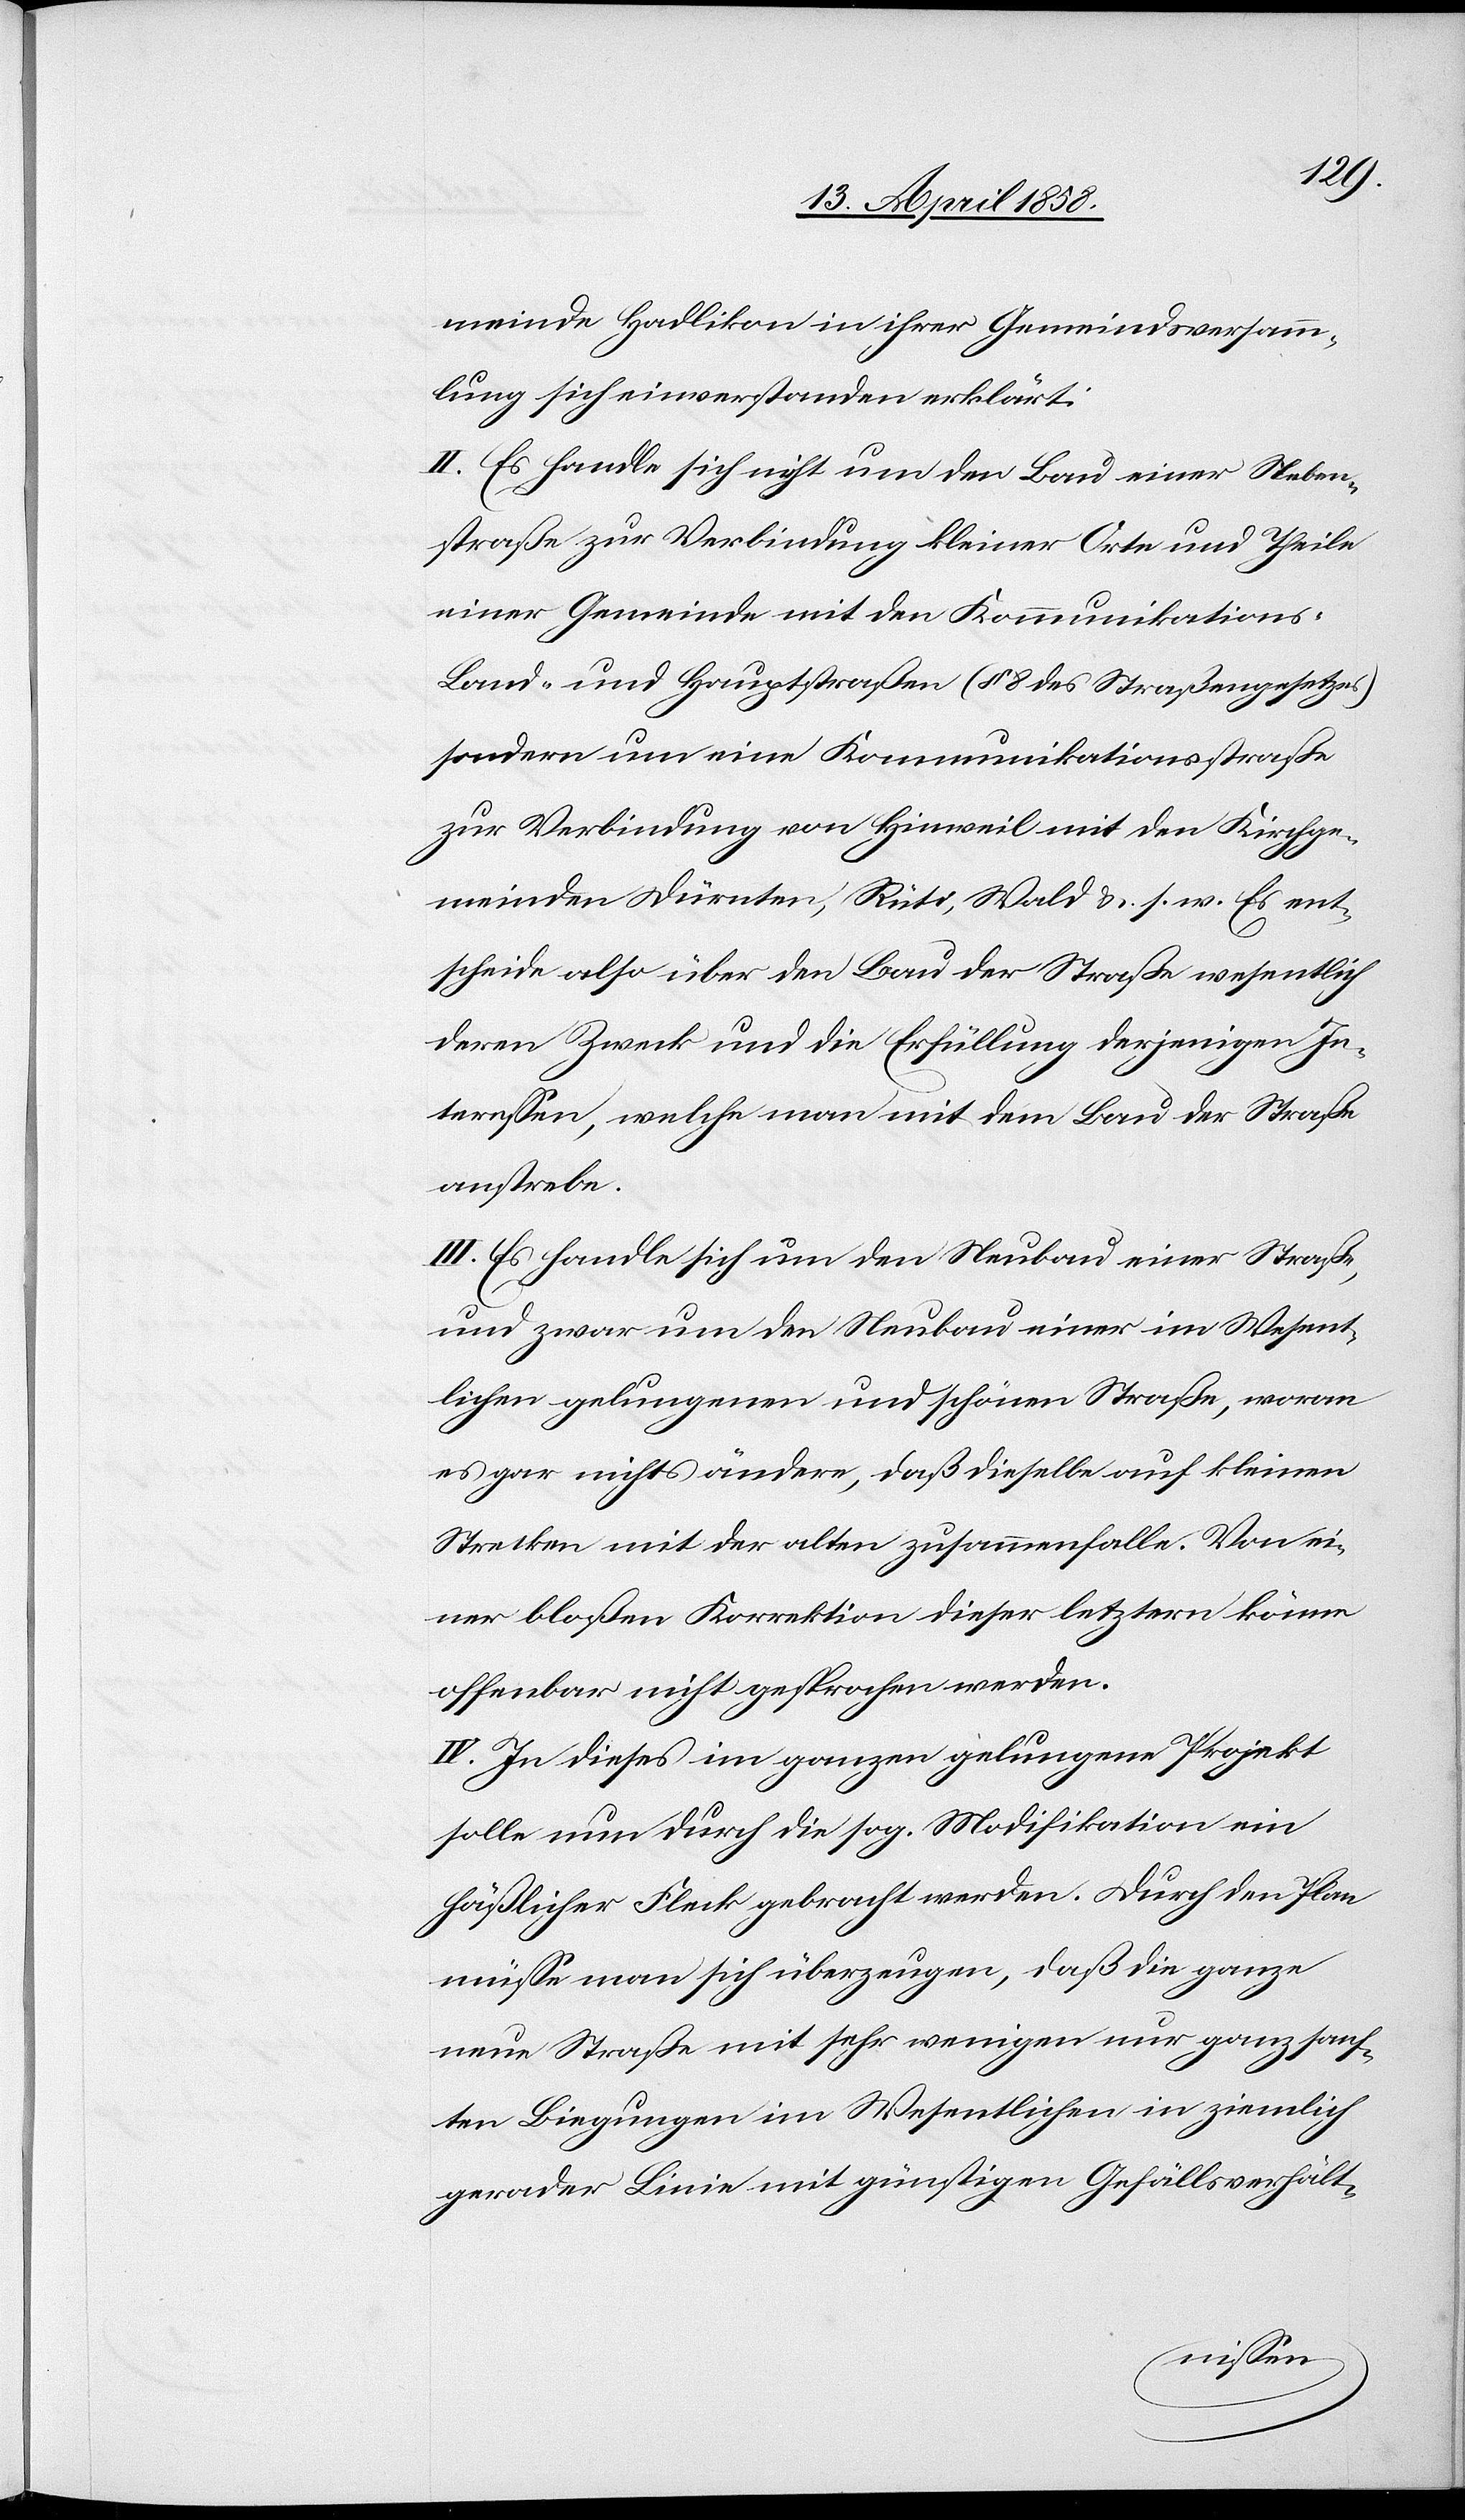
meinde Hadlikon in ihrer Gemeindsversamm¬
lung sich einverstanden erklärt.
II. Es handle sich nicht um den Bau einer Neben¬
straße zur Verbindung kleiner Orte und Theile
einer Gemeinde mit den Kommunikations-[,]
Land- und Hauptstraßen (§ 8 des Straßengesetzes)
sondern um eine Kommunikationsstraße
zur Verbindung von Hinweil mit den Kirchge¬
meinden Dürnten, Rüti, Wald u. s. w. Es ent¬
scheide also über den Bau der Straße wesentlich
deren Zweck und die Erfüllung derjenigen In¬
teressen, welche man mit dem Bau der Straße
anstrebe.
III. Es handle sich um den Neubau einer Straße,
und zwar um den Neubau einer im Wesent¬
lichen gelungenen und schönen Straße, woran
es gar nichts ändere, daß dieselbe auf kleinen
Strecken mit der alten zusammenfalle. Von ei¬
ner bloßen Korrektion dieser letztern könne
offenbar nicht gesprochen werden.
IV. In dieses im ganzen gelungene Projekt
solle nun durch die sog. Modifikation ein
häßlicher Fleck gebracht werden. Durch den Plan
müsse man sich überzeugen, daß die ganze
neue Straße mit sehr wenigen nur ganz sanf¬
ten Biegungen im Wesentlichen in ziemlich
gerader Linie mit günstigen Gefällsverhält-